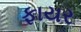
ફાયર